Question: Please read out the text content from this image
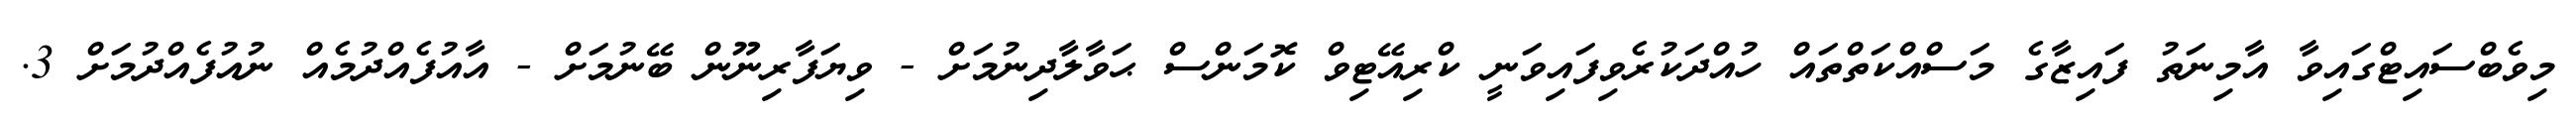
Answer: މިވެބްސައިޓްގައިވާ އާމިނަތު ފައިޒާގެ މަސްއްކަތްތައް ހުއްދަކުރެވިފައިވަނީ ކްރިއޭޓިވް ކޮމަންސް ޙަވާލާދިނުމަށް - ވިޔަފާރިނޫން ބޭނުމަށް - އާއުފެއްދުމެއް ނުއުފެއްދުމަށް 3.